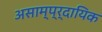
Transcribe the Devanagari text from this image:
असाम्प्र्दायिक